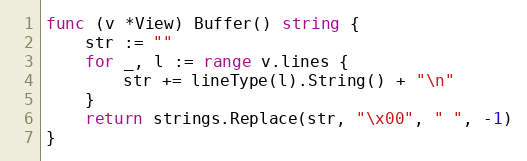
Language: Go
func (v *View) Buffer() string {
	str := ""
	for _, l := range v.lines {
		str += lineType(l).String() + "\n"
	}
	return strings.Replace(str, "\x00", " ", -1)
}